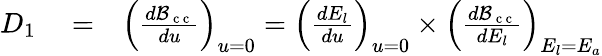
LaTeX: \begin{array}{rlr}{D_{1}}&{{}=}&{\left(\frac{d{\cal B}_{\mathrm{~c~c~}}}{du}\right)_{{u=0}}=\left(\frac{dE_{l}}{du}\right)_{{u=0}}\times\left(\frac{d{\cal B}_{\mathrm{~c~c~}}}{dE_{l}}\right)_{E_{l}=E_{a}}}\end{array}